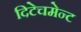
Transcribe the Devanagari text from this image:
दिटेचमेन्ट